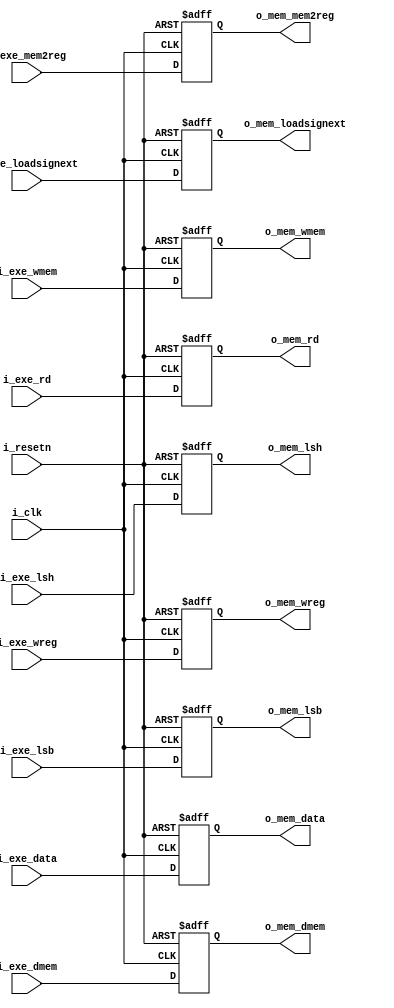
`timescale 1ns / 1ps

module exe_mem_reg(
    input wire i_clk, i_resetn, 
    // Control signals from EXE stage
    input wire i_exe_mem2reg, i_exe_wmem, i_exe_wreg, i_exe_lsb, i_exe_lsh, i_exe_loadsignext,
    // Data from EXE stage 
    input wire [4:0] i_exe_rd,
    input wire [31:0] i_exe_data, i_exe_dmem, 
    // Control signals to MEM stage
    output reg o_mem_mem2reg, o_mem_wmem, o_mem_wreg, o_mem_lsb, o_mem_lsh, o_mem_loadsignext,
    // Data to MEM stage
    output reg [4:0] o_mem_rd,
    output reg [31:0] o_mem_data, o_mem_dmem
);

    always @(posedge i_clk or negedge i_resetn)
    begin
        if(!i_resetn)
        begin
            // Control signals
            o_mem_mem2reg     <= 0;
            o_mem_wmem        <= 0;
            o_mem_wreg        <= 0;
            o_mem_lsb         <= 0;
            o_mem_lsh         <= 0;
            o_mem_loadsignext <= 0;
            // Data
            o_mem_data        <= 'b0;
            o_mem_rd          <= 'b0;
            o_mem_dmem        <= 'b0;
        end

        else
        begin
        // Control signals
        o_mem_mem2reg     <= i_exe_mem2reg;
        o_mem_wmem        <= i_exe_wmem;
        o_mem_wreg        <= i_exe_wreg;
        o_mem_lsb         <= i_exe_lsb;
        o_mem_lsh         <= i_exe_lsh;
        o_mem_loadsignext <= i_exe_loadsignext;
        // Data
        o_mem_data        <= i_exe_data;
        o_mem_rd          <= i_exe_rd;
        o_mem_dmem        <= i_exe_dmem;
        end
    end

endmodule